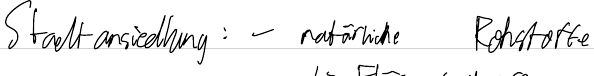
Stadtansiedlung: - natürliche Rohstoffe